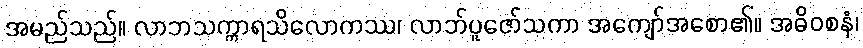
အမည်သည်။ လာဘသက္ကာရသိလောကဿ၊ လာဘ်ပူဇော်သကာ အကျော်အစော၏။ အဓိဝစနံ၊